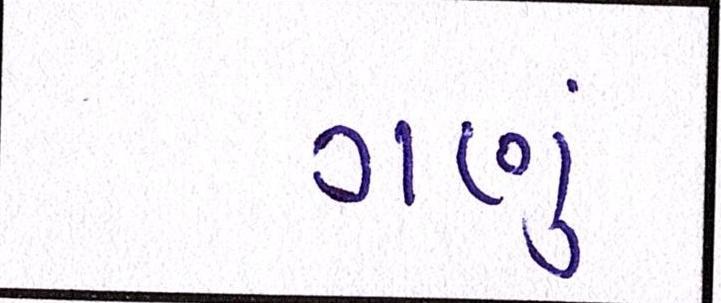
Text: ગણું